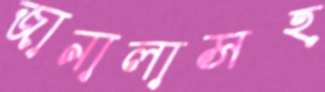
জানালাসহ